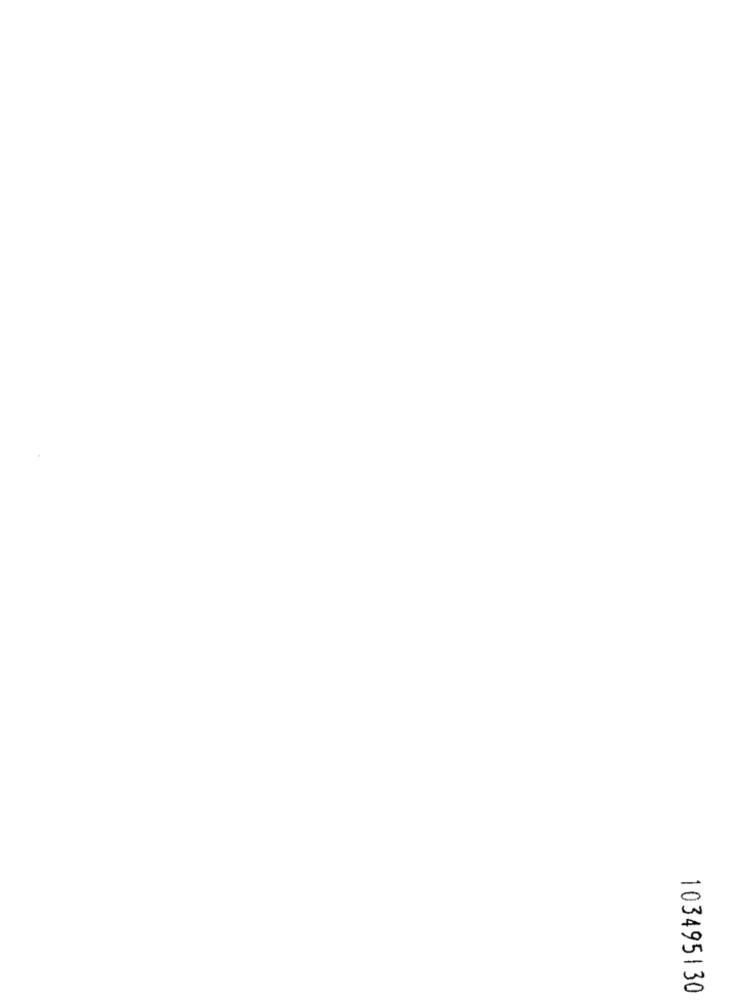
103495130